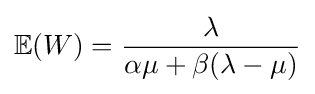
\mathbb {E} (W)={\frac {\lambda }{\alpha \mu +\beta (\lambda -\mu )}}